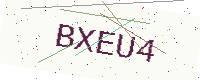
Text: BXEU4